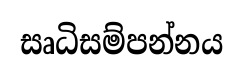
සෘධිසම්පන්නය